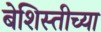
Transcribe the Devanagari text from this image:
बेशिस्तीच्या